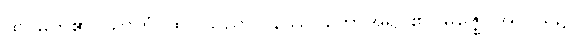
ထင်မှတ်၏။ သာဟံ၊ ထိုငါသည်။ ဝနဿ၊ တောအရပ်၏။ မဇ္ဈေ၊ အလယ်၌။